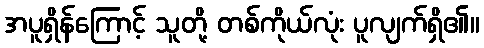
အပူရှိန်ကြောင့် သူတို့ တစ်ကိုယ်လုံး ပူလျက်ရှိ၏။